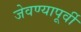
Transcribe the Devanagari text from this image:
जेवण्यापूर्वी